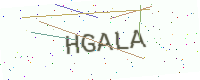
Text: HGALA